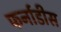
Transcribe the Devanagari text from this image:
फर्नाडीस